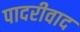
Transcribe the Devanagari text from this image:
पादरीवाद